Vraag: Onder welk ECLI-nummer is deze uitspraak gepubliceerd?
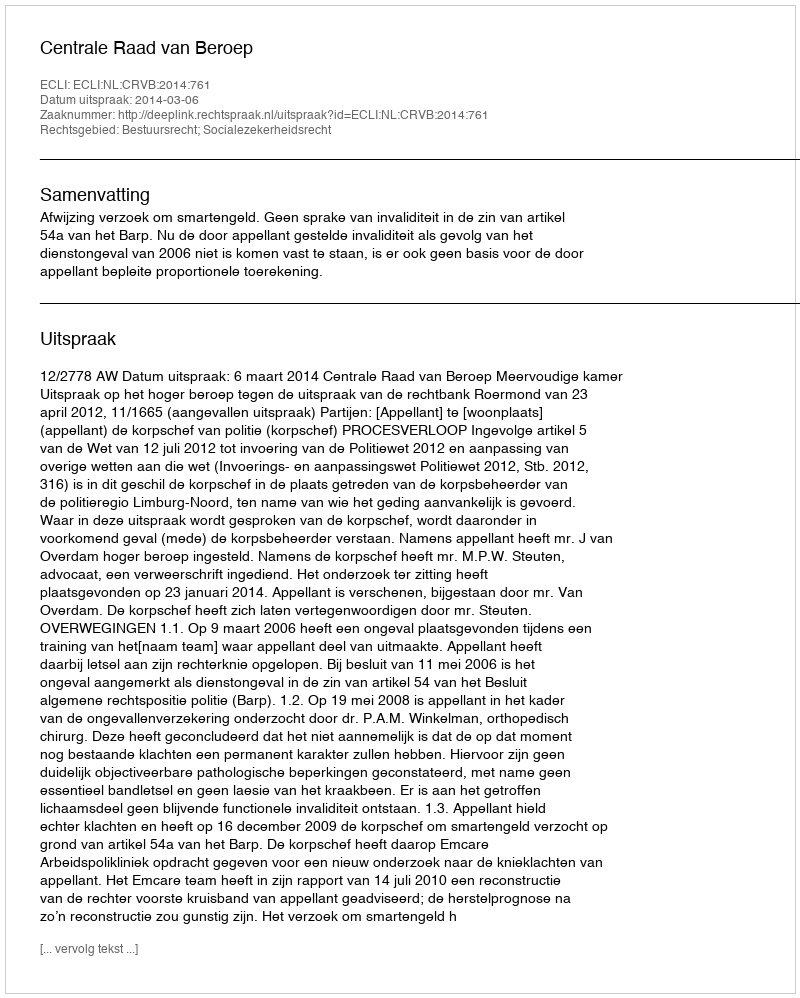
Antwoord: ECLI:NL:CRVB:2014:761